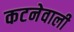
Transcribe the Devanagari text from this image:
कटनेवाली